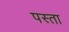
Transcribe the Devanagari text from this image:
पस्ता